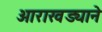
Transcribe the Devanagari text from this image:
आराखड्याने